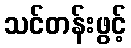
သင်တန်းဖွင့်